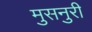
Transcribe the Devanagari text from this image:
मुसनुरी